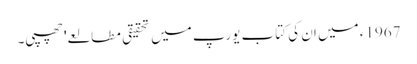
1967ء میں ان کی کتاب یورپ میں تحقیقی مطالعے' چھپی۔